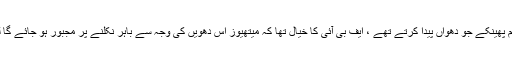
میتھیوز کے انکار پر انہوں نے اس گھر میں ایسے درجنوں دستی بم پھینکے جو دھواں پیدا کرتے تھے ، ایف بی آئی کا خیال تھا کہ میتھیوز اس دھویں کی وجہ سے باہر نکلنے پر مجبور ہو جائے گا لیکن وہ گیس ماسک سے لیس تھا ، دھواں اس کا کچھ نہ بگاڑ سکا ۔